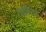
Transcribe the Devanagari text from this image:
जझीराड